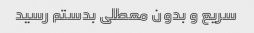
سریع و بدون معطلی بدستم رسید